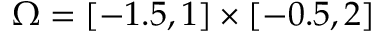
\Omega = [ - 1 . 5 , 1 ] \times [ - 0 . 5 , 2 ]